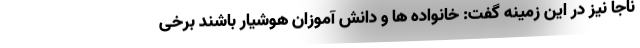
ناجا نیز در این زمینه گفت: خانواده ها و دانش آموزان هوشیار باشند برخی